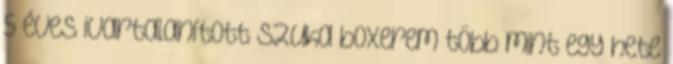
5 éves ivartalanított szuka boxerem több mint egy hete